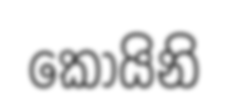
කොයිනි